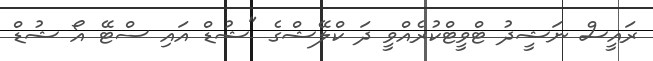
ރައީސް ނަޝީދު ޓްވީޓްކުރެއްވީ ދަ ކްލޭޝްގެ "ޝުޑް އައި ސްޓޭ އޯ ޝުޑް